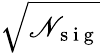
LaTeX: \sqrt{\mathscr{N}_{\mathrm{~s~i~g~}}}